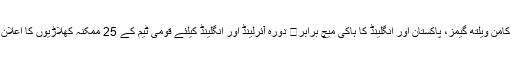
کامن ویلتھ گیمز، پاکستان اور انگلینڈ کا ہاکی میچ برابر	 دورہ آئرلینڈ اور انگلینڈ کیلئے قومی ٹیم کے 25 ممکنہ کھلاڑیوں کا اعلان